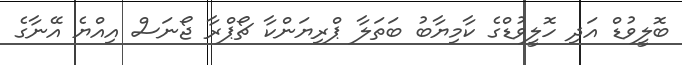
ބޮލީވުޑް އަދި ހޮލީވުޑްގެ ކާމިޔާބު ބަތަލާ ޕްރިޔަންކާ ޗޯޕްރާ ޖޯނަސް އިއްޔެ އޭނާގެ